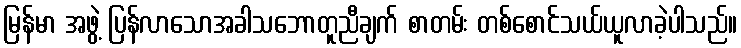
မြန်မာ အဖွဲ့ ပြန်လာသောအခါသဘောတူညီချက် စာတမ်း တစ်စောင်သယ်ယူလာခဲ့ပါသည်။